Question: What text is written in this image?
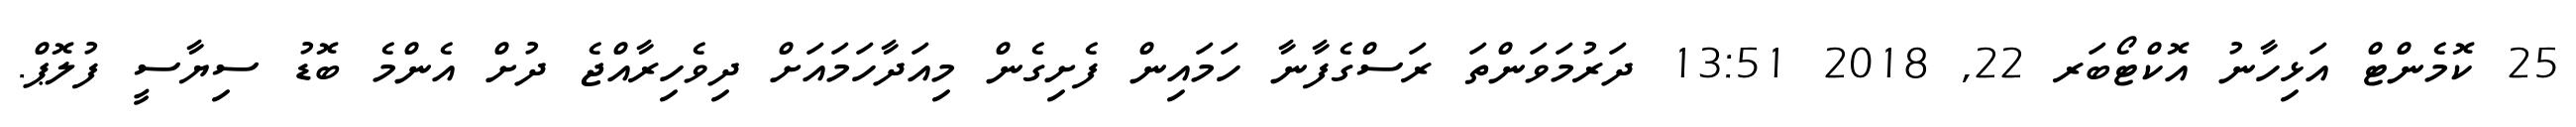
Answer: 25 ކޮމެންޓް އަޅިހާނު އޮކްޓޯބަރ 22, 2018 13:51 ދަރުމަވަންތަ ރަސްގެފާނާ ހަމައިން ފެށިގެން މިއަދާހަމައަށް ދިވެހިރާއްޖެ ދުށް އެންމެ ބޮޑު ސިޔާސީ ފުލޮޕް.